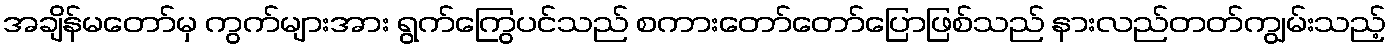
အချိန်မတော်မှ ကွက်များအား ရွက်ကြွေပင်သည် စကားတော်တော်ပြောဖြစ်သည် နားလည်တတ်ကျွမ်းသည့်